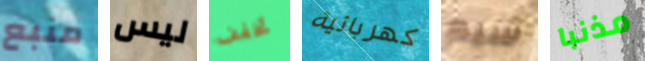
منبع ليس تخفف كهربائية سيم مذنبا